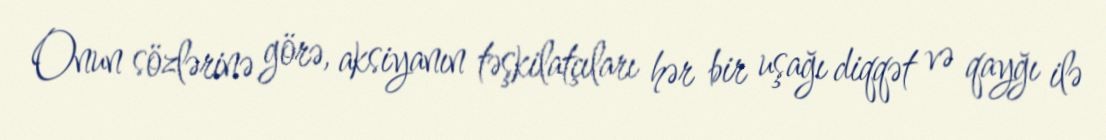
Onun sözlərinə görə, aksiyanın təşkilatçıları hər bir uşağı diqqət və qayğı ilə